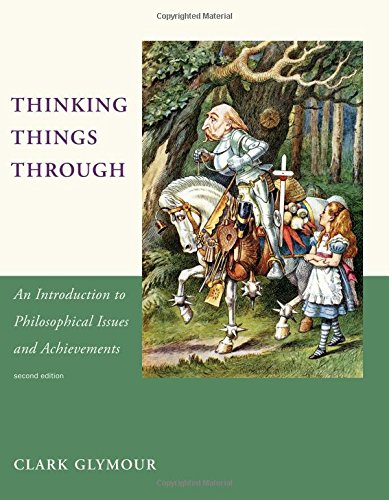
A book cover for Thinking Things Through: An Introduction to Philosophical Issues and Achievements; Clark Glymour; Politics & Social Sciences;